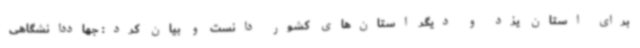
برای استان یزد و دیگر استان‌های کشور دانست و بیان کرد: جهاددانشگاهی